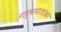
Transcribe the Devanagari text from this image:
गर्भपातावर